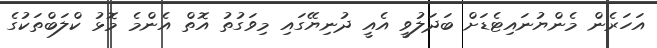
އަހަރެން މެންޔުނައިޓެޑަށް ބަދަލުވީ އެއީ ދުނިޔޭގައި މިވަގުތު އޮތް އެންމެ މޮޅު ކްލަބްތަކުގެ